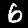
Digit: 6